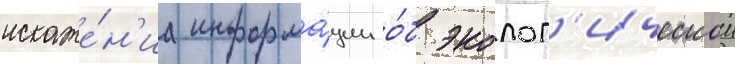
искаже́н'иа информа́ции о́б эколог'ическои